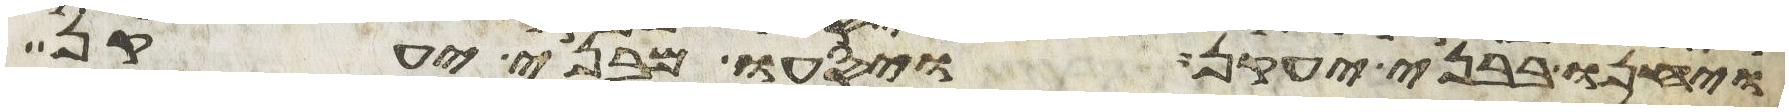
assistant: ויחנו בבני יעקן ויסעו מבני יעקן